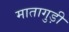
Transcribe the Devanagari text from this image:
मातागुड़ी